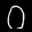
Label: 0